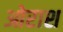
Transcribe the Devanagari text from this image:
ओराश